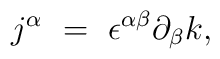
j^{\alpha}~=~{\epsilon}^{\alpha \beta}{\partial}_{\beta}k,